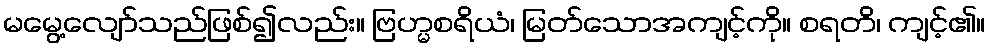
မမွေ့လျော်သည်ဖြစ်၍လည်း။ ဗြဟ္မစရိယံ၊ မြတ်သောအကျင့်ကို။ စရတိ၊ ကျင့်၏။